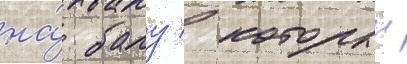
на́ балу / которыи